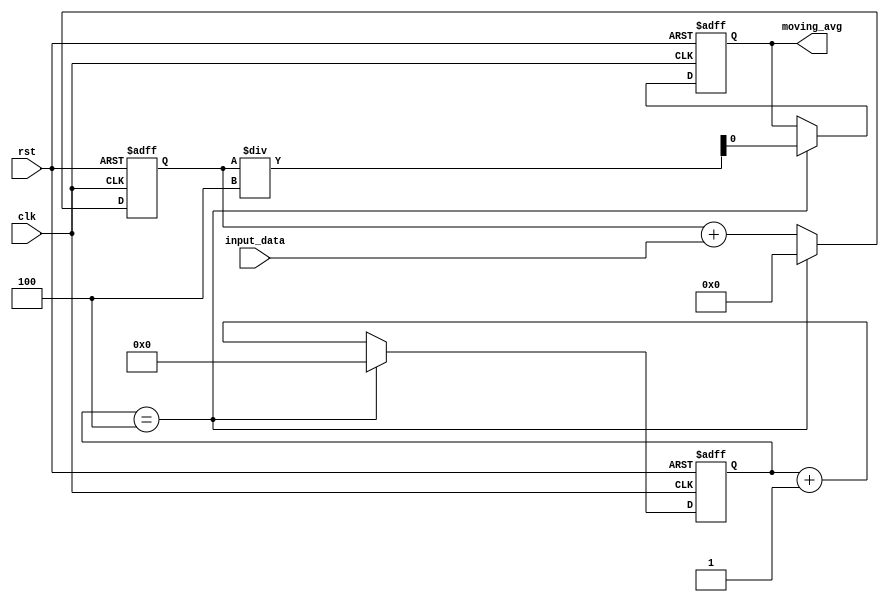
module moving_average_accumulator (
    input wire clk,
    input wire rst,
    input wire input_data,
    output reg moving_avg
);

parameter NUM_SAMPLES = 4;

reg [31:0] running_total;
reg [31:0] current_sum;
reg [31:0] divisor;
reg [3:0] sample_count;

always @ (posedge clk or posedge rst) begin
    if (rst) begin
        running_total <= 0;
        current_sum <= 0;
        divisor <= 0;
        sample_count <= 0;
        moving_avg <= 0;
    end else begin
        running_total <= running_total + input_data;
        current_sum <= current_sum + input_data;
        sample_count <= sample_count + 1;
        if (sample_count == NUM_SAMPLES) begin
            moving_avg <= current_sum / NUM_SAMPLES;
            current_sum <= 0;
            divisor <= NUM_SAMPLES;
            sample_count <= 0;
        end
    end
end

endmodule